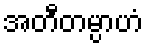
အတီတမ္ပာဟံ